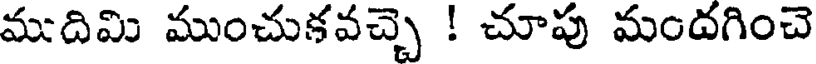
ముదిమి ముంచుకవచ్చె ! చూపు మందగించె